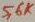
Text: 56K